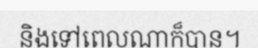
និងទៅពេលណាក៏បាន។